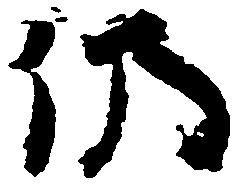
仍